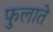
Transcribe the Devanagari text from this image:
फुलाते